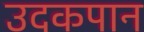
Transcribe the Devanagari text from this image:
उदकपान